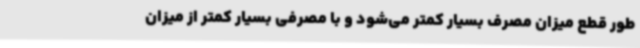
طور قطع میزان مصرف بسیار کمتر می‌شود و با مصرفی بسیار کمتر از میزان